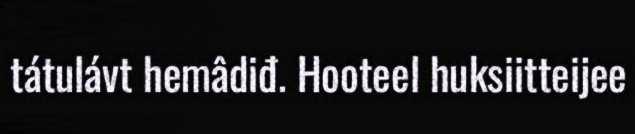
tátulávt hemâdiđ. Hooteel huksiitteijee